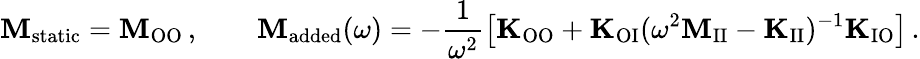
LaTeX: \mathbf{M}_{\mathrm{static}}=\mathbf{M}_{\mathrm{OO}}\, ,\qquad\mathbf{M}_{\mathrm{added}}(\omega)=-\frac{1}{\omega^{2}}\left[\mathbf{K}_{\mathrm{OO}}+\mathbf{K}_{\mathrm{OI}}(\omega^{2}\mathbf{M}_{\mathrm{II}}-\mathbf{K}_{\mathrm{II}})^{-1}\mathbf{K}_{\mathrm{IO}}\right]\, .